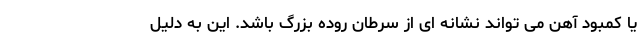
یا کمبود آهن می تواند نشانه ای از سرطان روده بزرگ باشد. این به دلیل